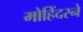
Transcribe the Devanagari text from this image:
मोहिंदरने